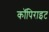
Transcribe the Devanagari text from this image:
कॉपिराइट